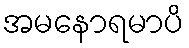
အမနောရမာပိ